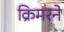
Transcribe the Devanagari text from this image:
क्रिमरने